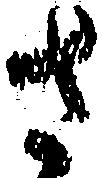
さ